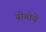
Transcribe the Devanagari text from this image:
य्रीगोयें